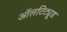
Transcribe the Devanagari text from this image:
ऑलटिट्यूड